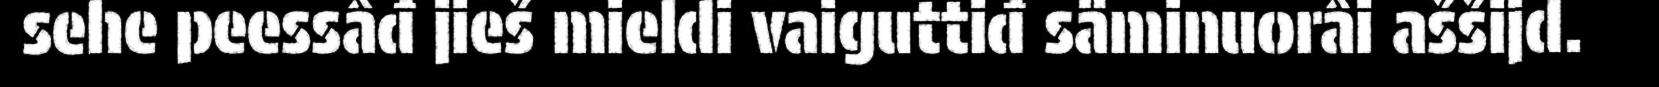
sehe peessâđ jieš mieldi vaiguttiđ säminuorâi aššijd.